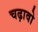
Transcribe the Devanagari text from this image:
चढ़ावो